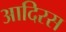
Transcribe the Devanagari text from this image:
आदिरस